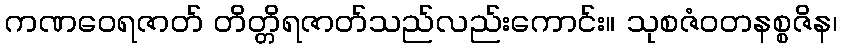
ကဏဝေရဇာတ် တိတ္တိရဇာတ်သည်လည်းကောင်း။ သုစဇံဝတနစ္စဇိန၊